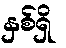
နှစ်ရှိ